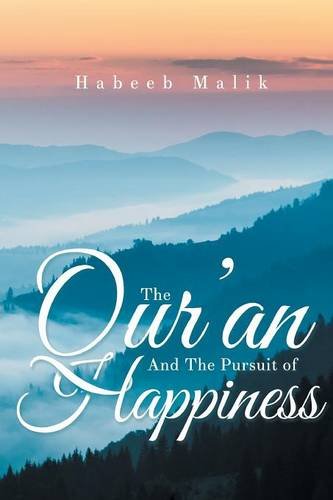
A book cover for The Qur'an And The Pursuit of Happiness; PhD Habeeb Malik; Children's Books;